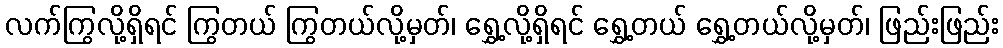
လက်ကြွလို့ရှိရင် ကြွတယ် ကြွတယ်လို့မှတ်၊ ရွှေ့လို့ရှိရင် ရွှေ့တယ် ရွှေ့တယ်လို့မှတ်၊ ဖြည်းဖြည်း